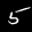
Label: 5